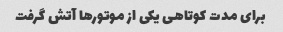
برای مدت کوتاهی یکی از موتورها آتش گرفت